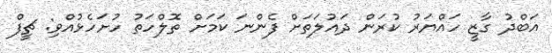
އަބްދު ގާޒީ ހައްޔަރު ކުރަން ދައުލަތަށް ފެންނަ ކަމަށް ތޮލްހަތު ހުށަހެޅުއްވި: ޗީފް